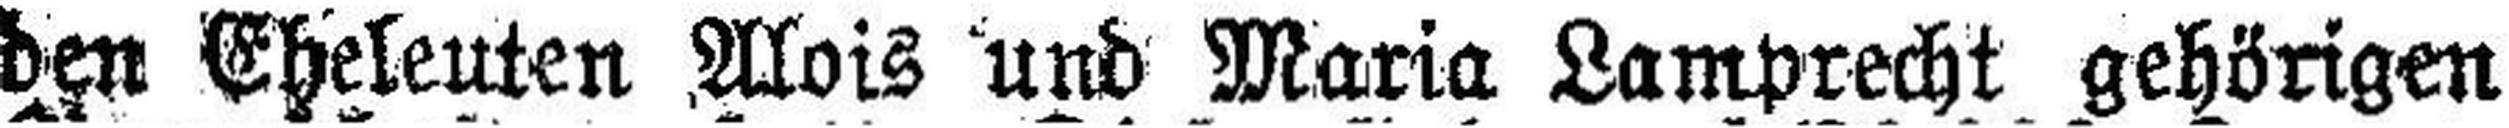
den Eheleuten Alois und Maria Lamprecht gehörigen